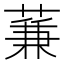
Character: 蒹